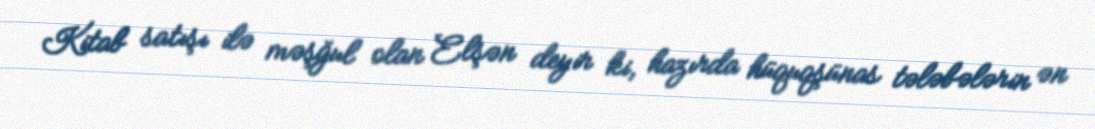
Kitab satışı ilə məşğul olan Elşən deyir ki, hazırda hüquqşünas tələbələrin ən